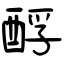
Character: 酻